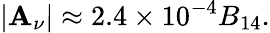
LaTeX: |\mathbf{A}_{\nu}|\approx2.4\times10^{-4}B_{14}.